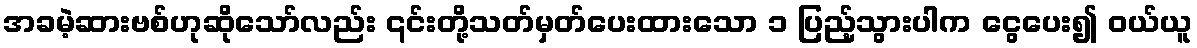
အခမဲ့ဆားဗစ်ဟုဆိုသော်လည်း ၎င်းတို့သတ်မှတ်ပေးထားသော ၁ ပြည့်သွားပါက ငွေပေး၍ ဝယ်ယူ